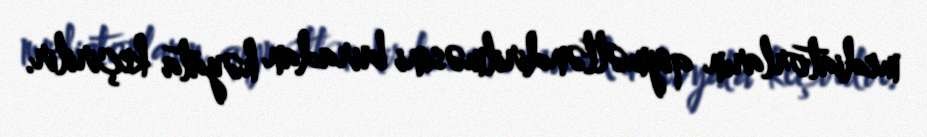
mediatorların qiymətləndirilməsini buradan həyata keçirilir.